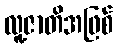
လူ့ဇာတိအဖြစ်